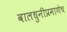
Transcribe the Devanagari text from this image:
वालधुनीप्रमाणेच